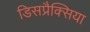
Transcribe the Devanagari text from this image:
डिसप्रैक्सिया